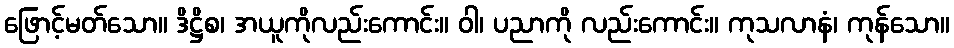
ဖြောင့်မတ်သော။ ဒိဋ္ဌိစ၊ အယူကိုလည်းကောင်း။ ဝါ၊ ပညာကို လည်းကောင်း။ ကုသလာနံ၊ ကုန်သော။